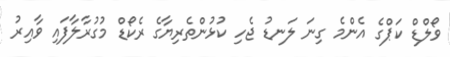
ވޯލްޑް ކަޕްގެ އެންމެ ގިނަ ލަނޑު ޖެހި ކުޅުންތެރިޔާގެ ރެކޯޑް މުގުރާލާފައި ވާއިރު